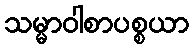
သမ္မာဝါစာပစ္စယာ